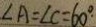
\angle A = \angle C = 6 0 ^ { \circ }